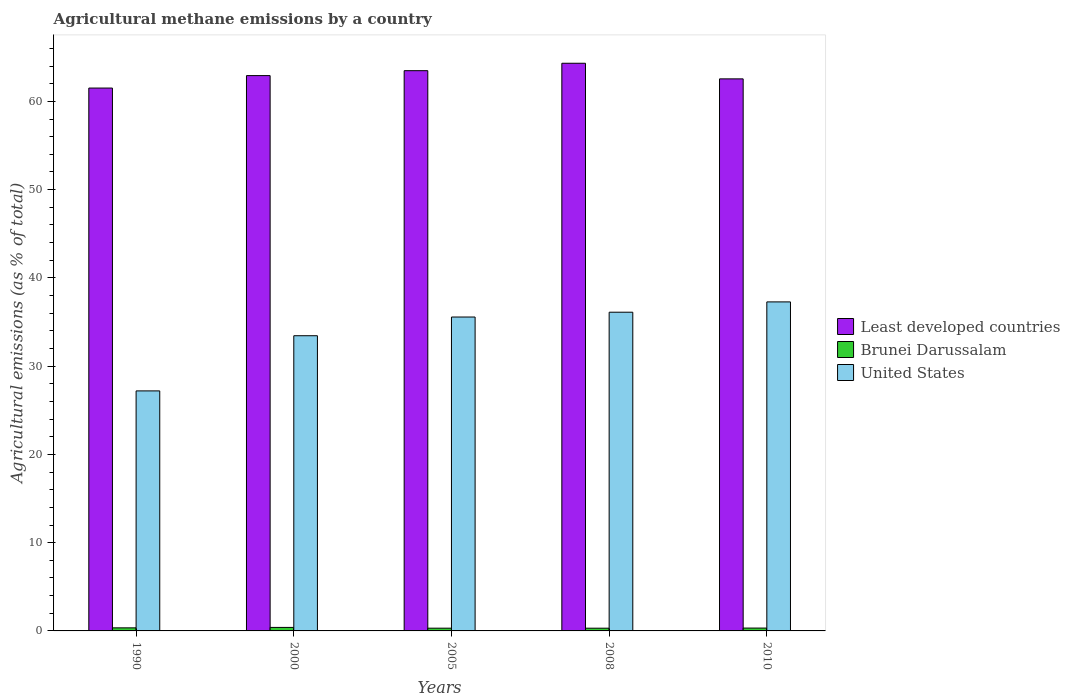
| Years | Least developed countries | Brunei Darussalam | United States |
 | --- | --- | --- | --- |
 | 1990 | 61.5 | 0.348 | 27.2 |
 | 2000 | 62.9 | 0.397 | 33.4 |
 | 2005 | 63.5 | 0.31 | 35.6 |
 | 2008 | 64.3 | 0.31 | 36.1 |
 | 2010 | 62.5 | 0.324 | 37.3 |